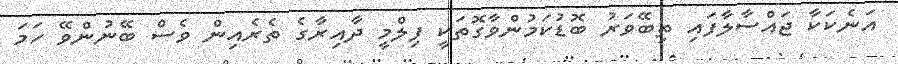
އަނެކަކާ ޖައްސާލާފައި ތިބޭވަރު ބޮޑުކަމުންވާގޮތަކީ ފިލްމީ ދާއިރާގެ ތެރެއިން ވެސް ބޭނުންވޭ ހަމަ